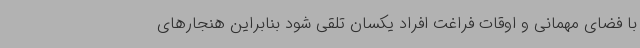
با فضای مهمانی و اوقات فراغت افراد یکسان تلقی شود بنابراین هنجارهای